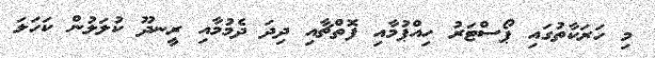
މި ހަރަކާތުގައި ޕޯސްޓަރު ހިއްޕުމާއި ފޮތްޗާއި ދިދަ ދެމުމާއި ރީނދޫ ކުލަލުން ކަހަލަ